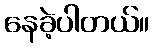
နေခဲ့ပါတယ်။